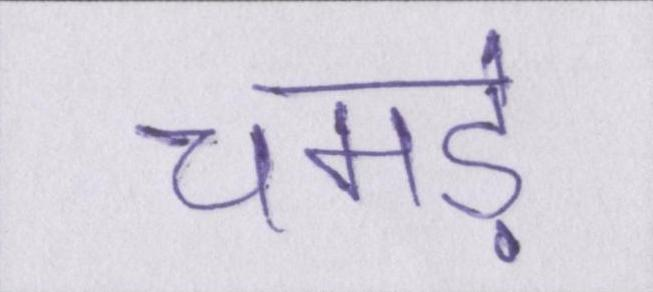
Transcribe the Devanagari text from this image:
चमड़े